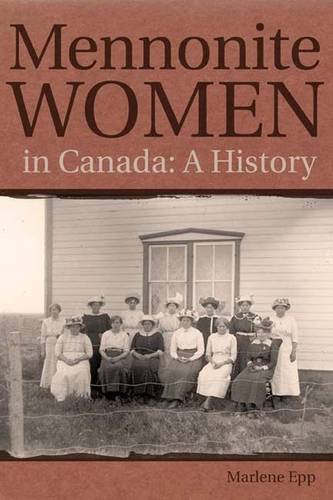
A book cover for Mennonite Women in Canada: A History (Studies in Immigration and Culture); Marlene Epp; Christian Books & Bibles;